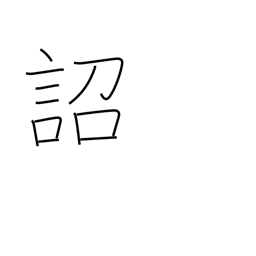
Meaning: imperial edict